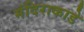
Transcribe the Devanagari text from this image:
मंदिराकाडे